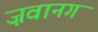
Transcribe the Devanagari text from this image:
ज़वानग